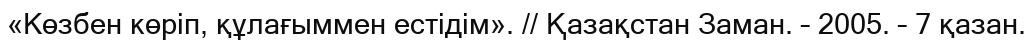
«Көзбен көріп, құлағыммен естідім». // Қазақстан Заман. – 2005. – 7 қазан.